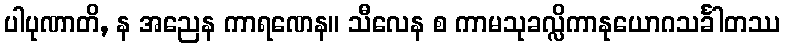
ပါပုဏာတိ, န အညေန ကာရဏေန။ သီလေန စ ကာမသုခလ္လိကာနုယောဂသင်္ခါတဿ